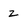
Character: z